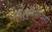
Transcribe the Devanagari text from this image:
साधुपुरुषाचीही